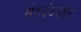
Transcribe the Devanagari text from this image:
मेरुदंडनाल